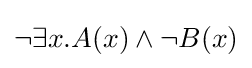
\neg \exists x.A(x)\land \neg B(x)